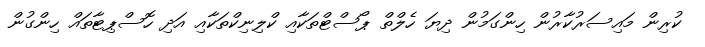
ކުރިން މައިސަރުކާރުން ހިންގަމުން ދިޔަ ހެލްތް ޕޯސްޓްތަކާއި ކްލިނިކްތަކާއި އަދި ހޮސްޕިޓާތައް ހިންގުން